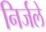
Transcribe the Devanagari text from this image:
निर्जले